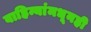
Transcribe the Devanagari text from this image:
वाहिन्यांमधूनही